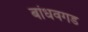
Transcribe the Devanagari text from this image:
बांधवगड